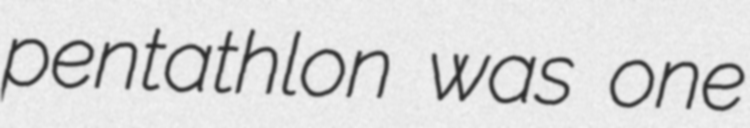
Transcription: pentathlon was one